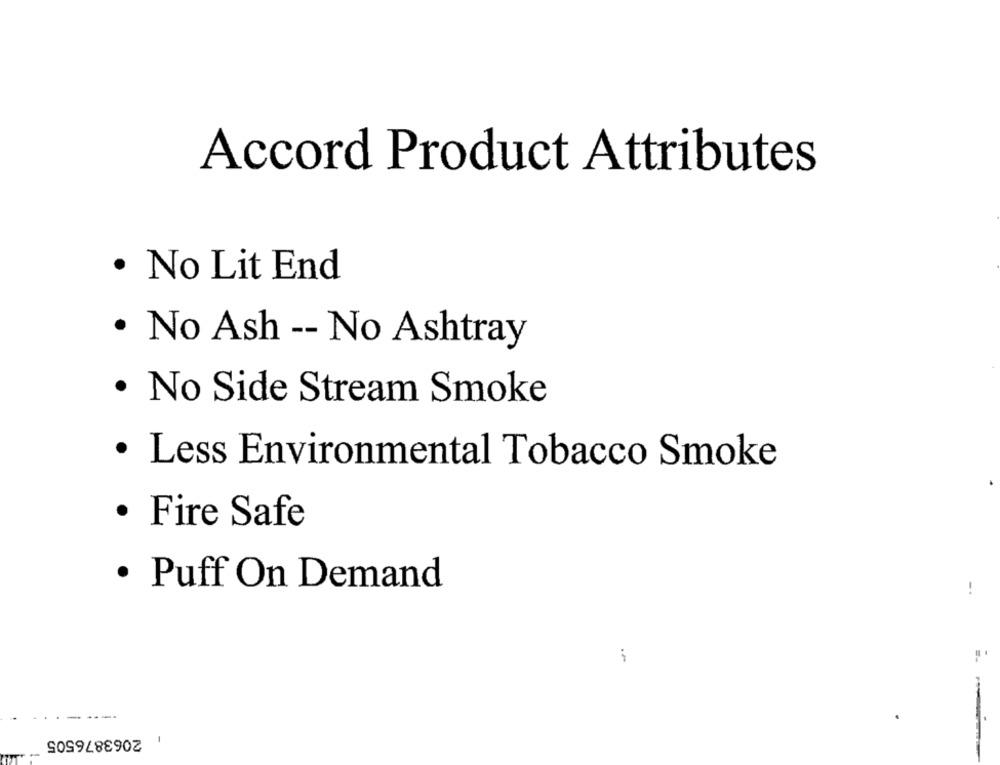
Accord Product Attributes
· No Lit End
· No Ash -- No Ashtray
· No Side Stream Smoke
· Less Environmental Tobacco Smoke
· Fire Safe
· Puff On Demand
-.
2063876505